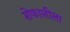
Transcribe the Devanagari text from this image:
शेफालीला